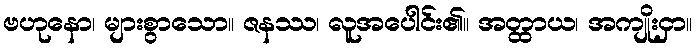
ဗဟုနော၊ များစွာသော။ ဇနဿ၊ လူအပေါင်း၏။ အတ္ထာယ၊ အကျိုးငှာ။